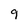
Character: 9